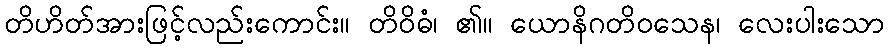
တိဟိတ်အားဖြင့်လည်းကောင်း။ တိဝိဓံ၊ ၏။ ယောနိဂတိဝသေန၊ လေးပါးသော